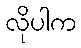
လိုပါက